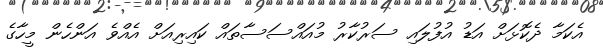
އެކަމާ ދެކޮޅަށް އަޑު އުފުލައި ސަރުކާރު މުއަައްސަސާތައް ކައިރިއަށް އެއްވެ އަންހެން މީހާގެ